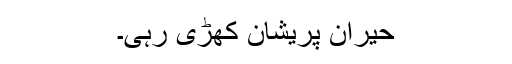
حیران پریشان کھڑی رہی۔